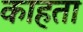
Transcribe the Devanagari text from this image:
काहता